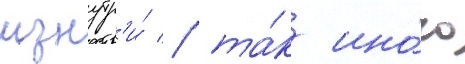
изнутр'и́ / та́к ино́го